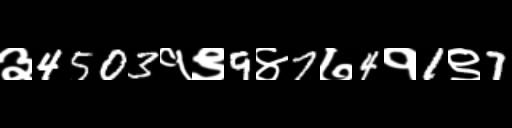
Text: ३4503१९9४7७4१1९7